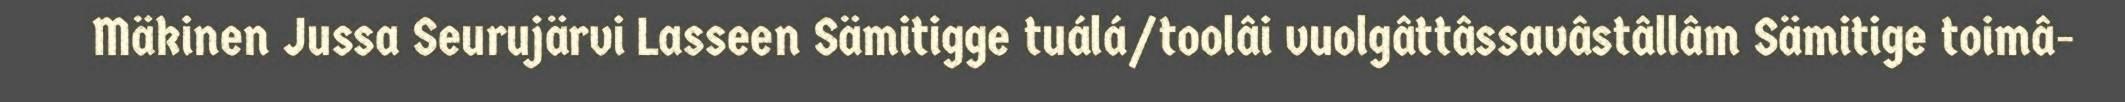
Mäkinen Jussa Seurujärvi Lasseen Sämitigge tuálá/toolâi vuolgâttâssavâstâllâm Sämitige toimâ-